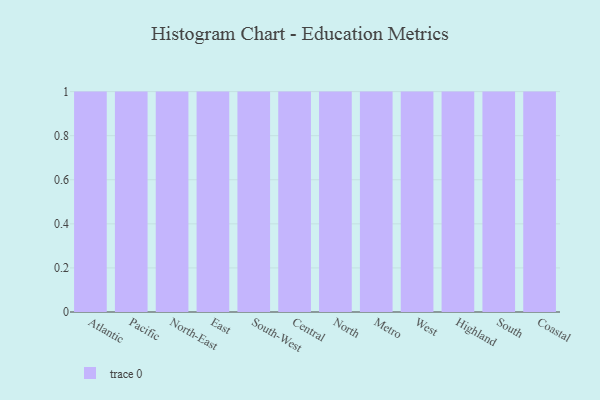
{"axis": {"x": "Region", "y": "LTV (USD)"}, "legend": [""], "data": [{"x": "Atlantic", "y": 64, "type": ""}, {"x": "Pacific", "y": 93, "type": ""}, {"x": "North-East", "y": 33, "type": ""}, {"x": "East", "y": 30, "type": ""}, {"x": "South-West", "y": 4, "type": ""}, {"x": "Central", "y": 99, "type": ""}, {"x": "North", "y": 32, "type": ""}, {"x": "Metro", "y": 33, "type": ""}, {"x": "West", "y": 92, "type": ""}, {"x": "Highland", "y": 56, "type": ""}, {"x": "South", "y": 35, "type": ""}, {"x": "Coastal", "y": 76, "type": ""}]}